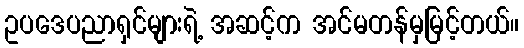
ဥပဒေပညာရှင်များရဲ့ အဆင့်က အင်မတန်မှမြင့်တယ်။